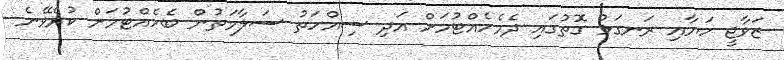
ޒަވާޖީ ހަޔާއި ރަނގަޅު ގޮތުގައި ދެމެހެއްޓުމަށް އަދި ސިއްހަތު ސަލާމަތުން ބެހެއްޓުމަށް ކުރެވޭނެ